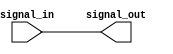
module NonInvertingBuffer (
    input signal_in,
    output signal_out
);

assign signal_out = signal_in;

endmodule